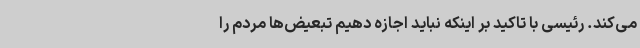
می‌کند. رئیسی با تاکید بر اینکه نباید اجازه دهیم تبعیض‌ها مردم را